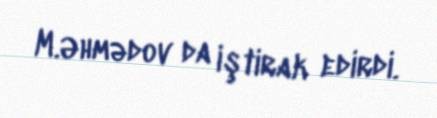
M.Əhmədov da iştirak edirdi.